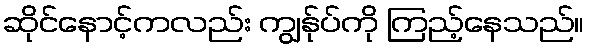
ဆိုင်နောင့်ကလည်း ကျွန်ုပ်ကို ကြည့်နေသည်။